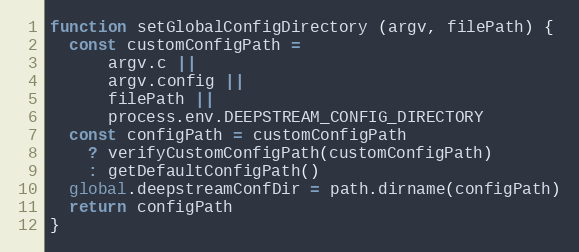
Language: JavaScript
function setGlobalConfigDirectory (argv, filePath) {
  const customConfigPath =
      argv.c ||
      argv.config ||
      filePath ||
      process.env.DEEPSTREAM_CONFIG_DIRECTORY
  const configPath = customConfigPath
    ? verifyCustomConfigPath(customConfigPath)
    : getDefaultConfigPath()
  global.deepstreamConfDir = path.dirname(configPath)
  return configPath
}